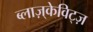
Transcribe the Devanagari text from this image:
ब्लाज़्केविट्ज़